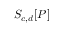
S _ { c , d } [ P ]